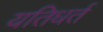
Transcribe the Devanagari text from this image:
यतिधर्त